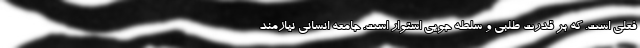
فعلی است. كه بر قدرت طلبی و سلطه جويی استوار است. جامعه انسانی نيازمند